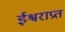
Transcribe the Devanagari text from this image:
ईश्वराप्रत